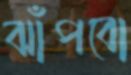
ঝাঁপবো